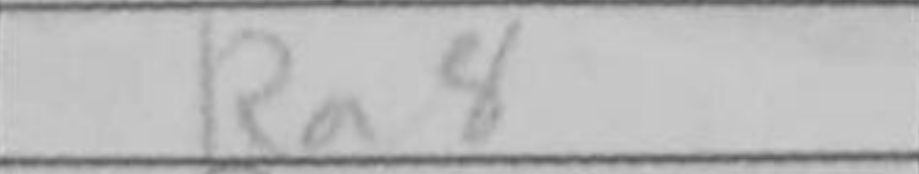
Transcription: Ra8